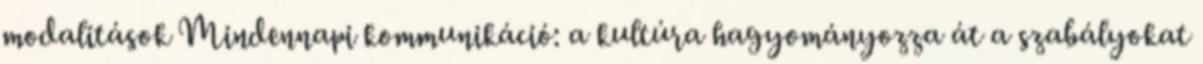
modalitások Mindennapi kommunikáció: a kultúra hagyományozza át a szabályokat